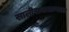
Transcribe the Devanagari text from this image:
सालीराजमान्यता